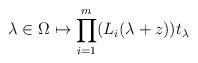
LaTeX: \begin{align*}\lambda\in\Omega \mapsto\prod_{i=1}^m(L_i(\lambda+z))t_\lambda\end{align*}